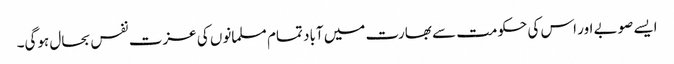
ایسے صوبے اور اس کی حکومت سے بھارت میں آباد تمام مسلمانوں کی عزت نفس بحال ہوگی۔